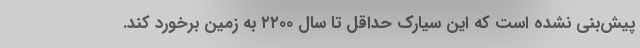
پیش‌بنی نشده است که این سیارک حداقل تا سال ۲۲۰۰ به زمین برخورد کند.